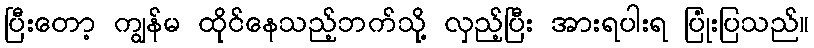
ပြီးတော့ ကျွန်မ ထိုင်နေသည့်ဘက်သို့ လှည့်ပြီး အားရပါးရ ပြုံးပြသည်။